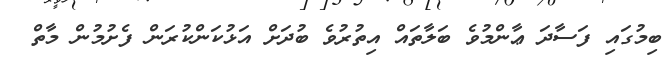
ބިމުގައި ފަސާދަ ޢާންމުވެ ބަލާތައް އިތުރުވެ ބުދަށް އަޅުކަންކުރަން ފެށުމުން މާތް